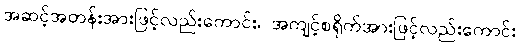
အဆင့်အတန်းအားဖြင့်လည်းကောင်း၊ အကျင့်စရိုက်အားဖြင့်လည်းကောင်း